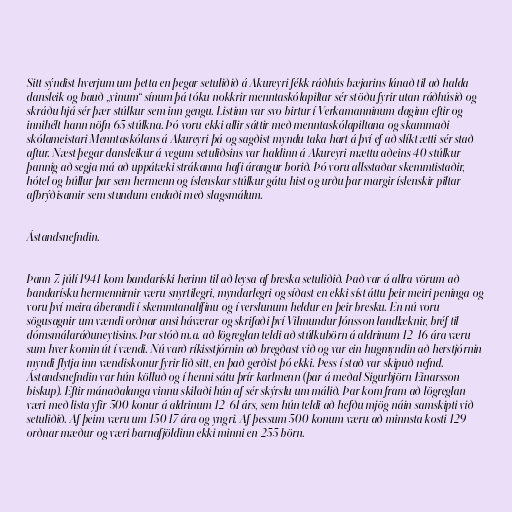
Sitt sýndist hverjum um þetta en þegar setuliðið á Akureyri fékk ráðhús bæjarins lánað til að halda
dansleik og bauð „vinum“ sínum þá tóku nokkrir menntaskólapiltar sér stöðu fyrir utan ráðhúsið og
skráðu hjá sér þær stúlkur sem inn gengu. Listinn var svo birtur í Verkamanninum daginn eftir og
innihélt hann nöfn 65 stúlkna. Þó voru ekki allir sáttir með menntaskólapiltana og skammaði
skólameistari Menntaskólans á Akureyri þá og sagðist myndu taka hart á því ef að slíkt ætti sér stað
aftur. Næst þegar dansleikur á vegum setuliðsins var haldinn á Akureyri mættu aðeins 40 stúlkur
þannig að segja má að uppátæki strákanna hafi árangur borið. Þó voru allsstaðar skemmtistaðir,
hótel og búllur þar sem hermenn og íslenskar stúlkur gátu hist og urðu þar margir íslenskir piltar
afbrýðisamir sem stundum endaði með slagsmálum.

Ástandsnefndin.

Þann 7. júlí 1941 kom bandaríski herinn til að leysa af breska setuliðið. Það var á allra vörum að
bandarísku hermennirnir væru snyrtilegri, myndarlegri og síðast en ekki síst áttu þeir meiri peninga og
voru því meira áberandi í skemmtanalífinu og í verslunum heldur en þeir bresku. En nú voru
sögusagnir um vændi orðnar ansi háværar og skrifaði því Vilmundur Jónsson landlæknir, bréf til
dómsmálaráðuneytisins. Þar stóð m.a. að lögreglan teldi að stúlkubörn á aldrinum 12-16 ára væru
sum hver komin út í vændi. Nú varð ríkisstjórnin að bregðast við og var ein hugmyndin að herstjórnin
myndi flytja inn vændiskonur fyrir lið sitt, en það gerðist þó ekki. Þess í stað var skipuð nefnd.
Ástandsnefndin var hún kölluð og í henni sátu þrír karlmenn (þar á meðal Sigurbjörn Einarsson
biskup). Eftir mánaðalanga vinnu skilaði hún af sér skýrslu um málið. Þar kom fram að lögreglan
væri með lista yfir 500 konur á aldrinum 12-61 árs, sem hún teldi að hefðu mjög náin samskipti við
setuliðið. Af þeim væru um 150 17 ára og yngri. Af þessum 500 konum væru að minnsta kosti 129
orðnar mæður og væri barnafjöldinn ekki minni en 255 börn.